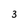
Character: 3